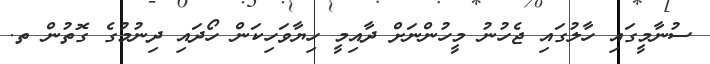
ސުނާމީގައި ހާލުގައި ޖެހުނު މީހުންނަށް ދާއިމީ ހިޔާވަހިކަން ހޯދައި ދިނުމުގެ ގޮތުން ތ.